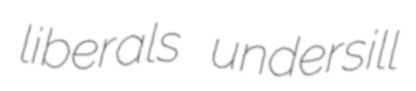
liberals undersill